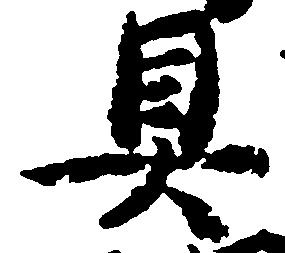
具